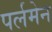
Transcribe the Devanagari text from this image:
पर्लमेन